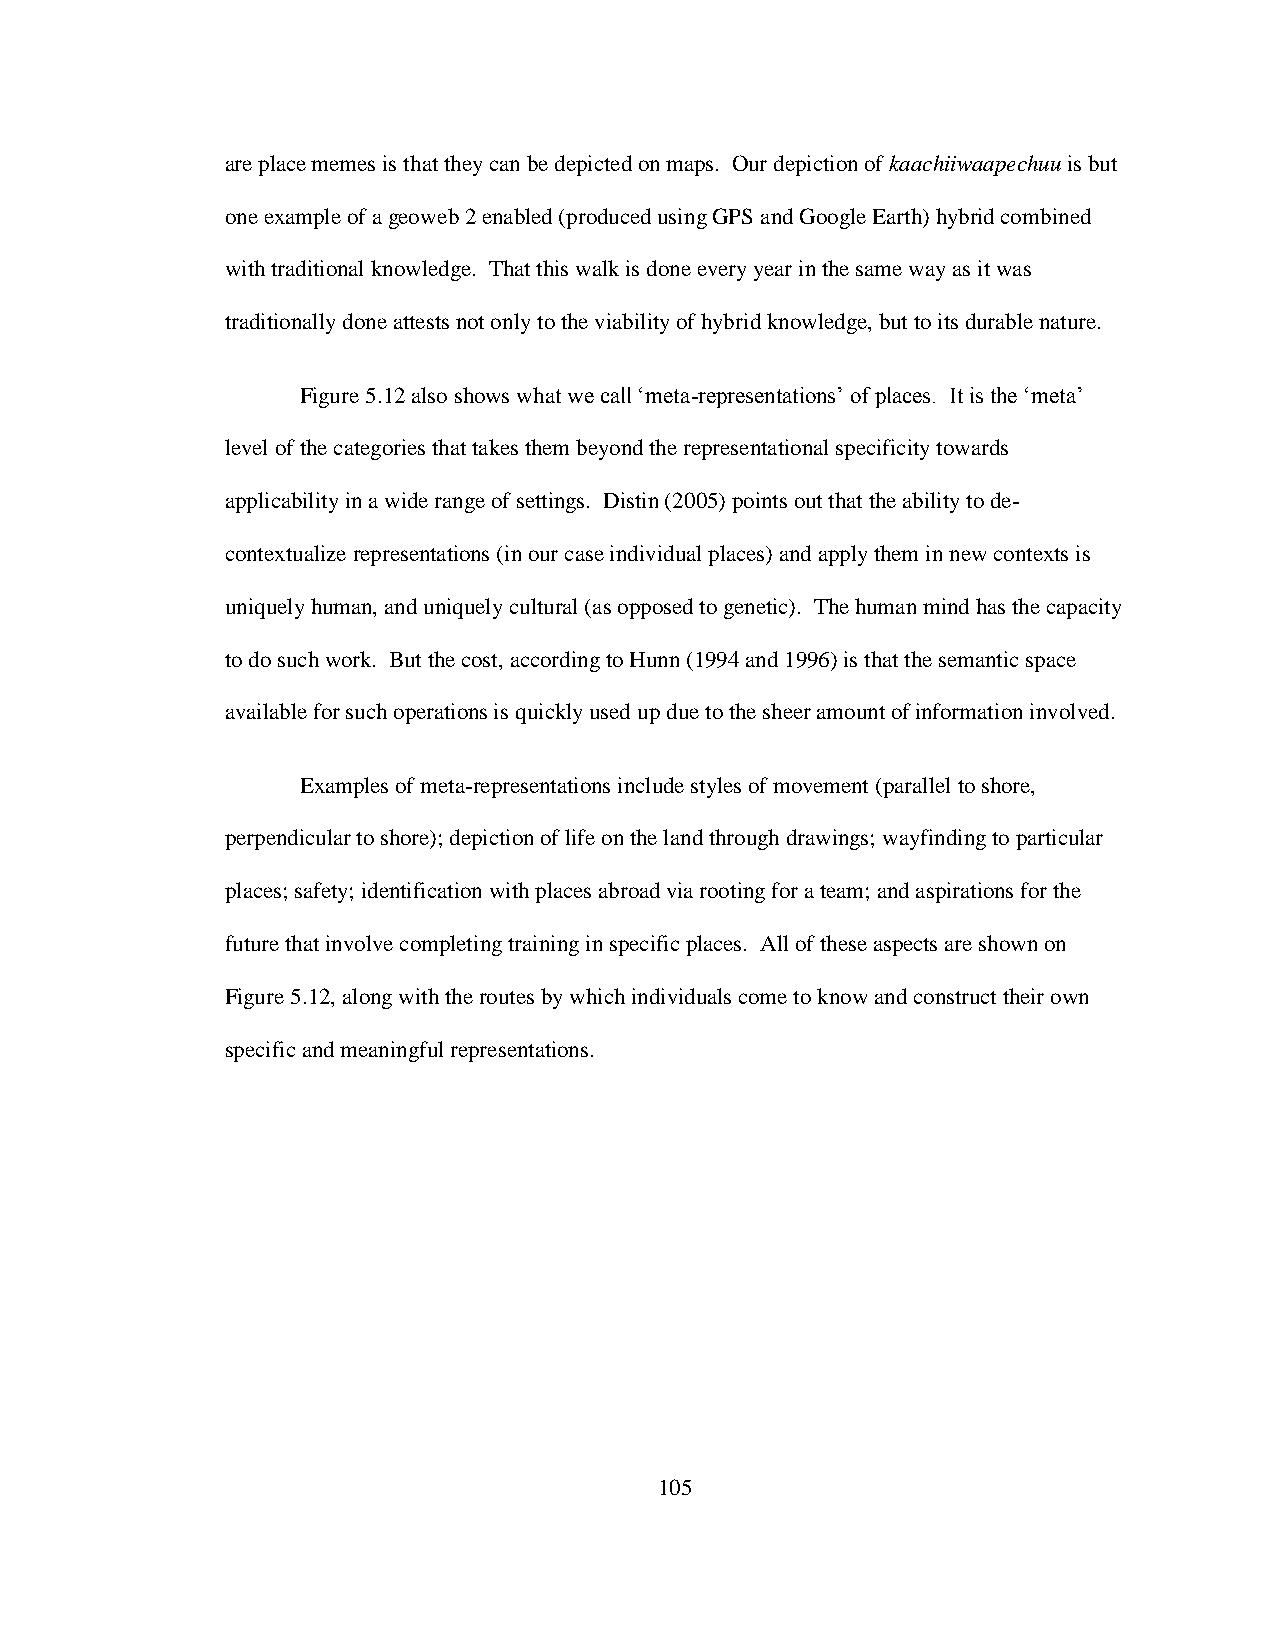
are place memes is that they can be depicted on maps. Our depiction of kaachiiwaapechuu is but
 one example of a geoweb 2 enabled (produced using GPS and Google Earth) hybrid combined
 with traditional knowledge. That this walk is done every year in the same way as it was
 traditionally done attests not only to the viability of hybrid knowledge, but to its durable nature.
 Figure 5.12 also shows what we call „meta-representations‟ of places. It is the „meta‟
 level of the categories that takes them beyond the representational specificity towards
 applicability in a wide range of settings. Distin (2005) points out that the ability to de-
 contextualize representations (in our case individual places) and apply them in new contexts is
 uniquely human, and uniquely cultural (as opposed to genetic). The human mind has the capacity
 to do such work. But the cost, according to Hunn (1994 and 1996) is that the semantic space
 available for such operations is quickly used up due to the sheer amount of information involved.
 Examples of meta-representations include styles of movement (parallel to shore,
 perpendicular to shore); depiction of life on the land through drawings; wayfinding to particular
 places; safety; identification with places abroad via rooting for a team; and aspirations for the
 future that involve completing training in specific places. All of these aspects are shown on
 Figure 5.12, along with the routes by which individuals come to know and construct their own
 specific and meaningful representations.
 105